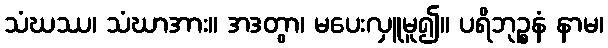
သံဃဿ၊ သံဃာအား။ အဒတွာ၊ မပေးလှူမူ၍။ ပရိဘုဉ္စနံ နာမ၊